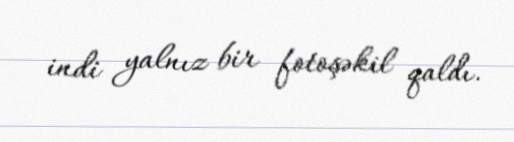
indi yalnız bir fotoşəkil qaldı.